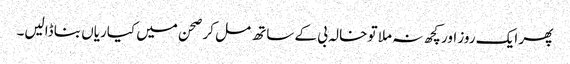
پھر ایک روز اور کچھ نہ ملا تو خالہ بی کے ساتھ مل کر صحن میں کیاریاں بنا ڈالیں۔